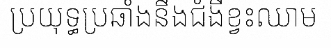
ប្រយុទ្ធប្រឆាំងនឹងជំងឺខ្វះឈាម